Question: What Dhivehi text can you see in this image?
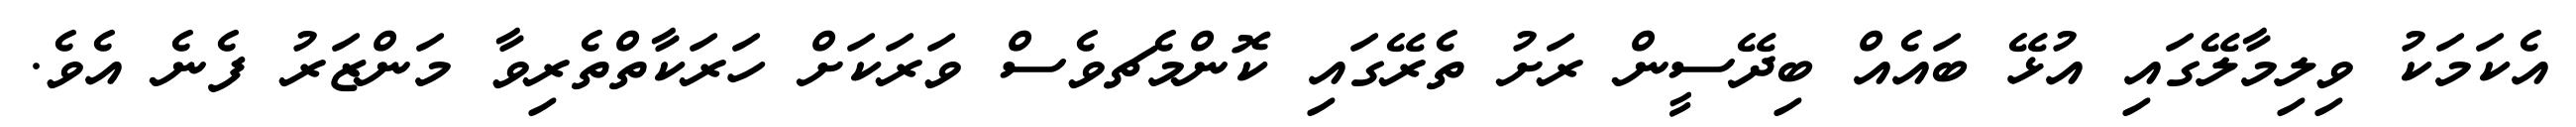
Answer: އެކަމަކު ވިލިމާލޭގައި އުޅޭ ބައެއް ބިދޭސީން ރަށު ތެރޭގައި ކޮންމެޗވެސް ވަރަކަށް ހަރަކާތްތެރިވާ މަންޒަރު ފެނެ އެވެ.